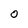
Character: 0